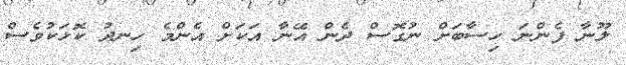
ލޫނާ ފެންނަ ހިސާބަށް ނުގޮސް ދެން އޭނާ އަކަށް އެންމެ ހިނދު ކޮޅަކުވެސް